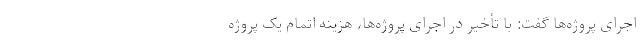
اجرای پروژه‌ها گفت: با تأخیر در اجرای پروژه‌ها، هزینه‌ اتمام یک پروژه‌